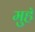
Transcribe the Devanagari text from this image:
मुहॅ